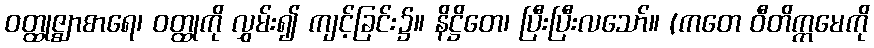
ဝတ္ထုဇ္ဈာစာရေ၊ ဝတ္ထုကို လွှမ်း၍ ကျင့်ခြင်း၌။ နိဋ္ဌိတေ၊ ပြီးပြီးလသော်။ (ကတေ ဝီတိက္ကမေကို